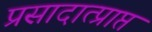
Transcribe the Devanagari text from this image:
प्रसादात्प्राप्त